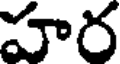
హర